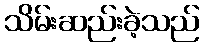
သိမ်းဆည်းခဲ့သည်